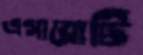
এগারোটি